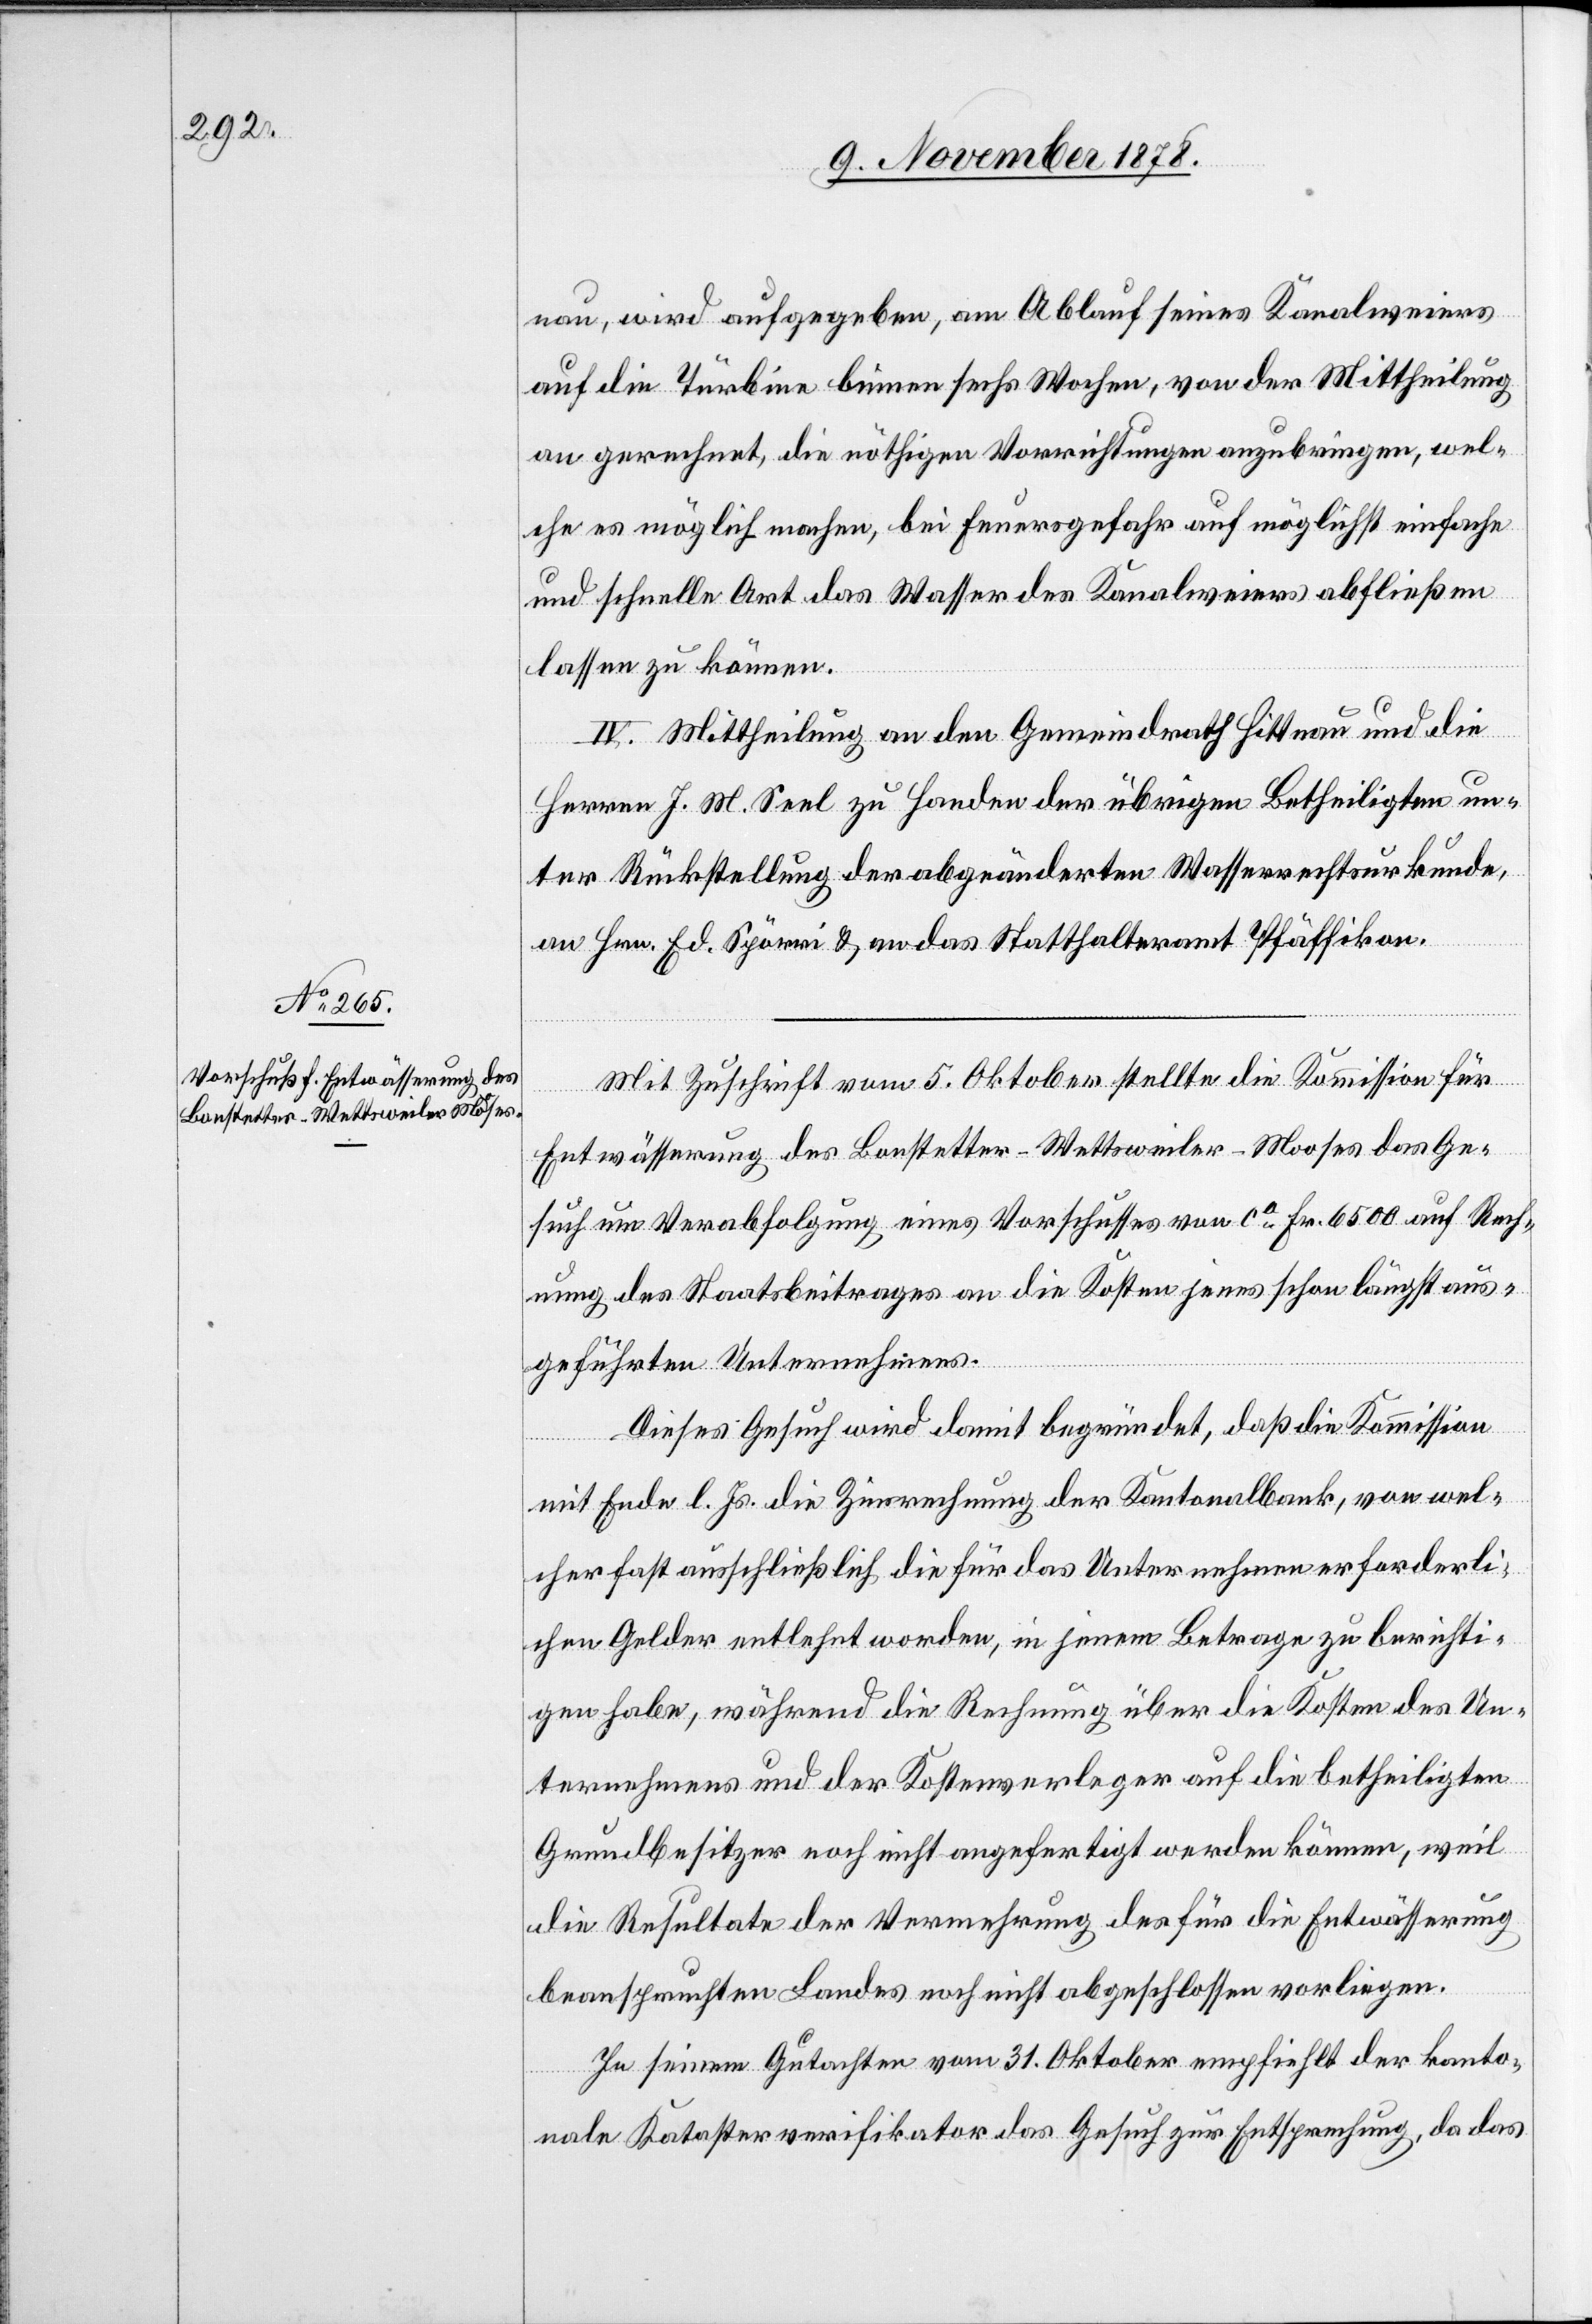
nau, wird aufgegeben, am Ablauf seines Kanalweiers
auf die Turbine binnen sechs Wochen, von der Mittheilung
an gerechnet, die nöthigen Vorrichtungen anzubringen, wel¬
che es möglich machen, bei Feuersgefahr auf möglichst einfache
und schnelle Art das Wasser des Kanalweiers abfließen
lassen zu können.
IV. Mittheilung an den Gemeindrath Hittnau und die
Herren J. M. Seel zu Handen der übrigen Betheiligten un¬
ter Rückstellung der abgeänderten Wasserrechtsurkunde,
an Hrn. Ed. Spörri & an das Statthalteramt Pfäffikon.
Mit Zuschrift vom 5. Oktober stellte die Kommission für
Entwässerung des Bonstetter-Wettsweiler-Mooses das Ge¬
such um Verabfolgung eines Vorschusses von ca Fr. 6500 auf Rech¬
nung des Staatsbeitrages an die Kosten jenes schon längst aus¬
geführten Unternehmens.
Dieses Gesuch wird damit begründet, daß die Kommission
mit Ende l. Js. die Zinsrechnung der Kantonalbank, von wel¬
cher fast ausschließlich die für das Unternehmen erforderli¬
chen Gelder entlehnt worden, in jenem Betrage zu berichti¬
gen habe, während die Rechnung über die Kosten des Un¬
ternehmerns und der Kostenerleger auf die betheiligten
Grundbesitzer noch nicht angefertigt werden können, weil
die Resultate der Vermehrung des für die Entwässerung
beanspruchten Landes noch nicht abgeschlossen vorliegen.
In seinem Gutachten vom 31. Oktober empfiehlt der kanto¬
nale Katasterverifikator das Gesuch zur Entsprechung, da das